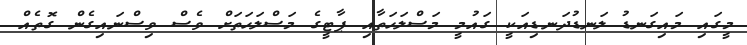
މީގައި މައިގަނޑު ލަނޑުދަނޑިއަކީ ގައުމީ މަސްލަހަތާއި ޕާޓީގެ މަސްލަހަތަށް ވެސް ވިސްނައިގެން ގޮތެއް